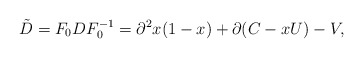
\begin{align*}\tilde D=F_{0}DF_{0}^{-1}=\partial^2 x(1-x)+\partial(C-xU)-V,\end{align*}